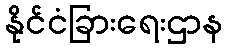
နိုင်ငံခြားရေးဌာန